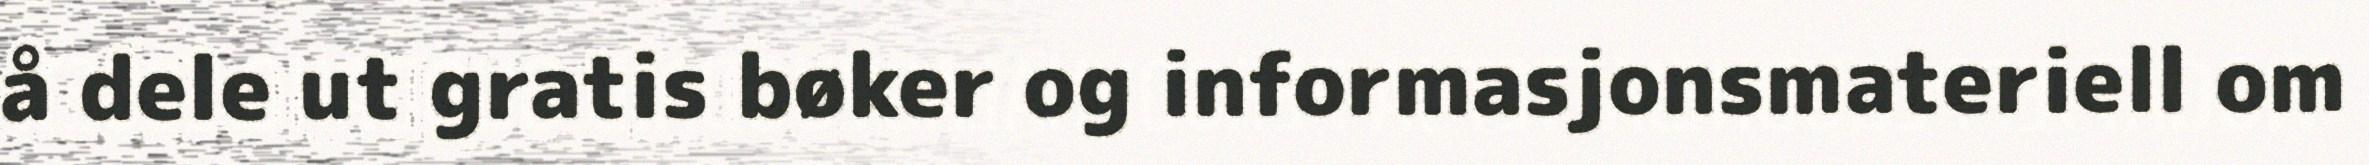
å dele ut gratis bøker og informasjonsmateriell om